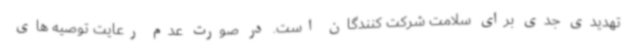
تهدیدی جدی برای سلامت شرکت کنندگان است. در صورت عدم رعایت توصیه های